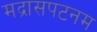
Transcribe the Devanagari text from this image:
मद्रासपटनम